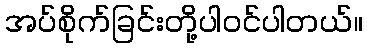
အပ်စိုက်ခြင်းတို့ပါဝင်ပါတယ်။